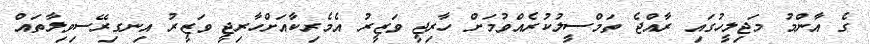
ގެ އާންމު މަޖިލީހުގައި ރާއްޖެ ތަމްސީލުކުރެއްވުމަށް ހާރިޖީ ވަޒީރު އެމެރިކާއަށްހާރިޖީ ވަޒީރު އިނގިރޭސިވިލާތައް